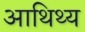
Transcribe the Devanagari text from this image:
आथिथ्य